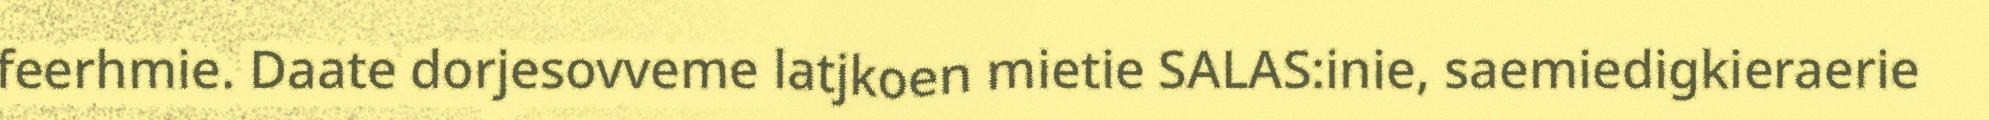
feerhmie. Daate dorjesovveme latjkoen mietie SALAS:inie, saemiedigkieraerie